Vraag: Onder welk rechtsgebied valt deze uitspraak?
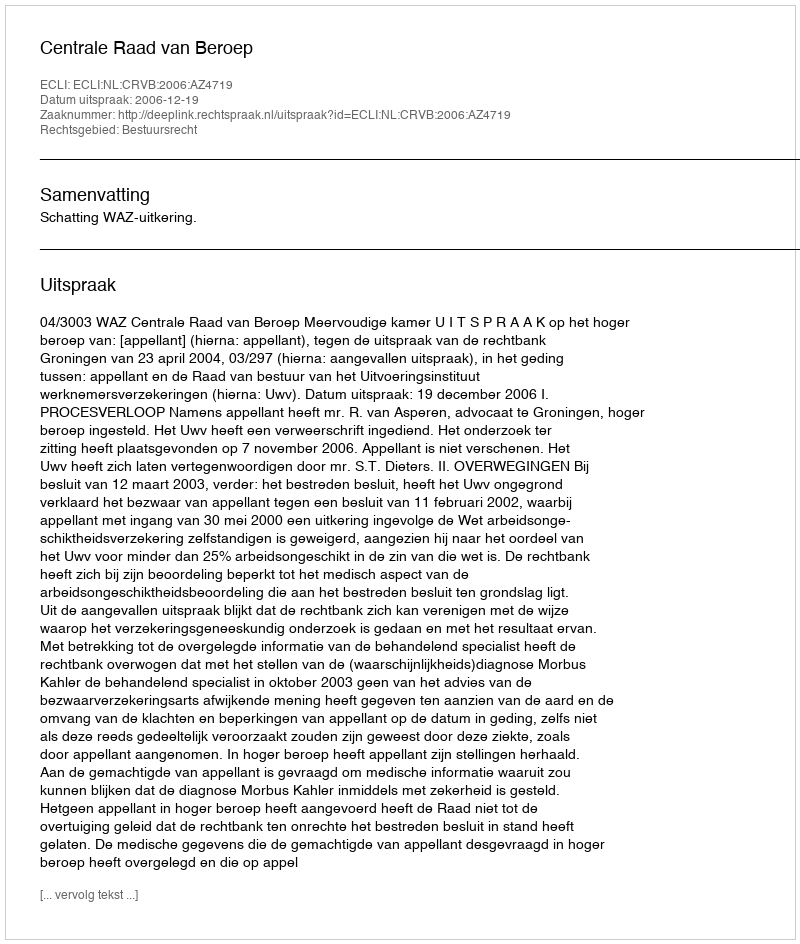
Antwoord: Bestuursrecht